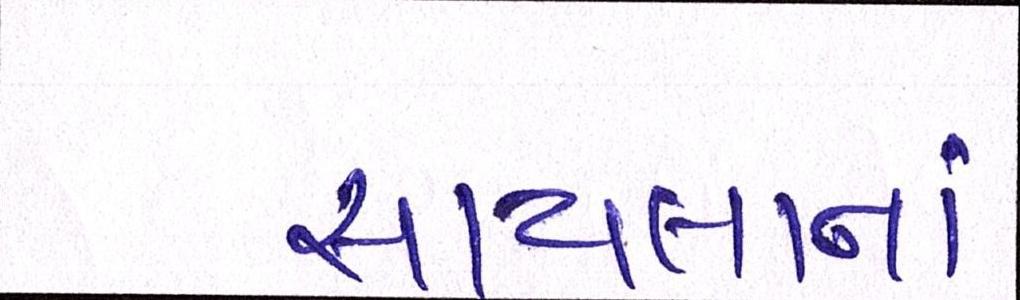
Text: સાયલાનાં